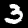
Label: 3